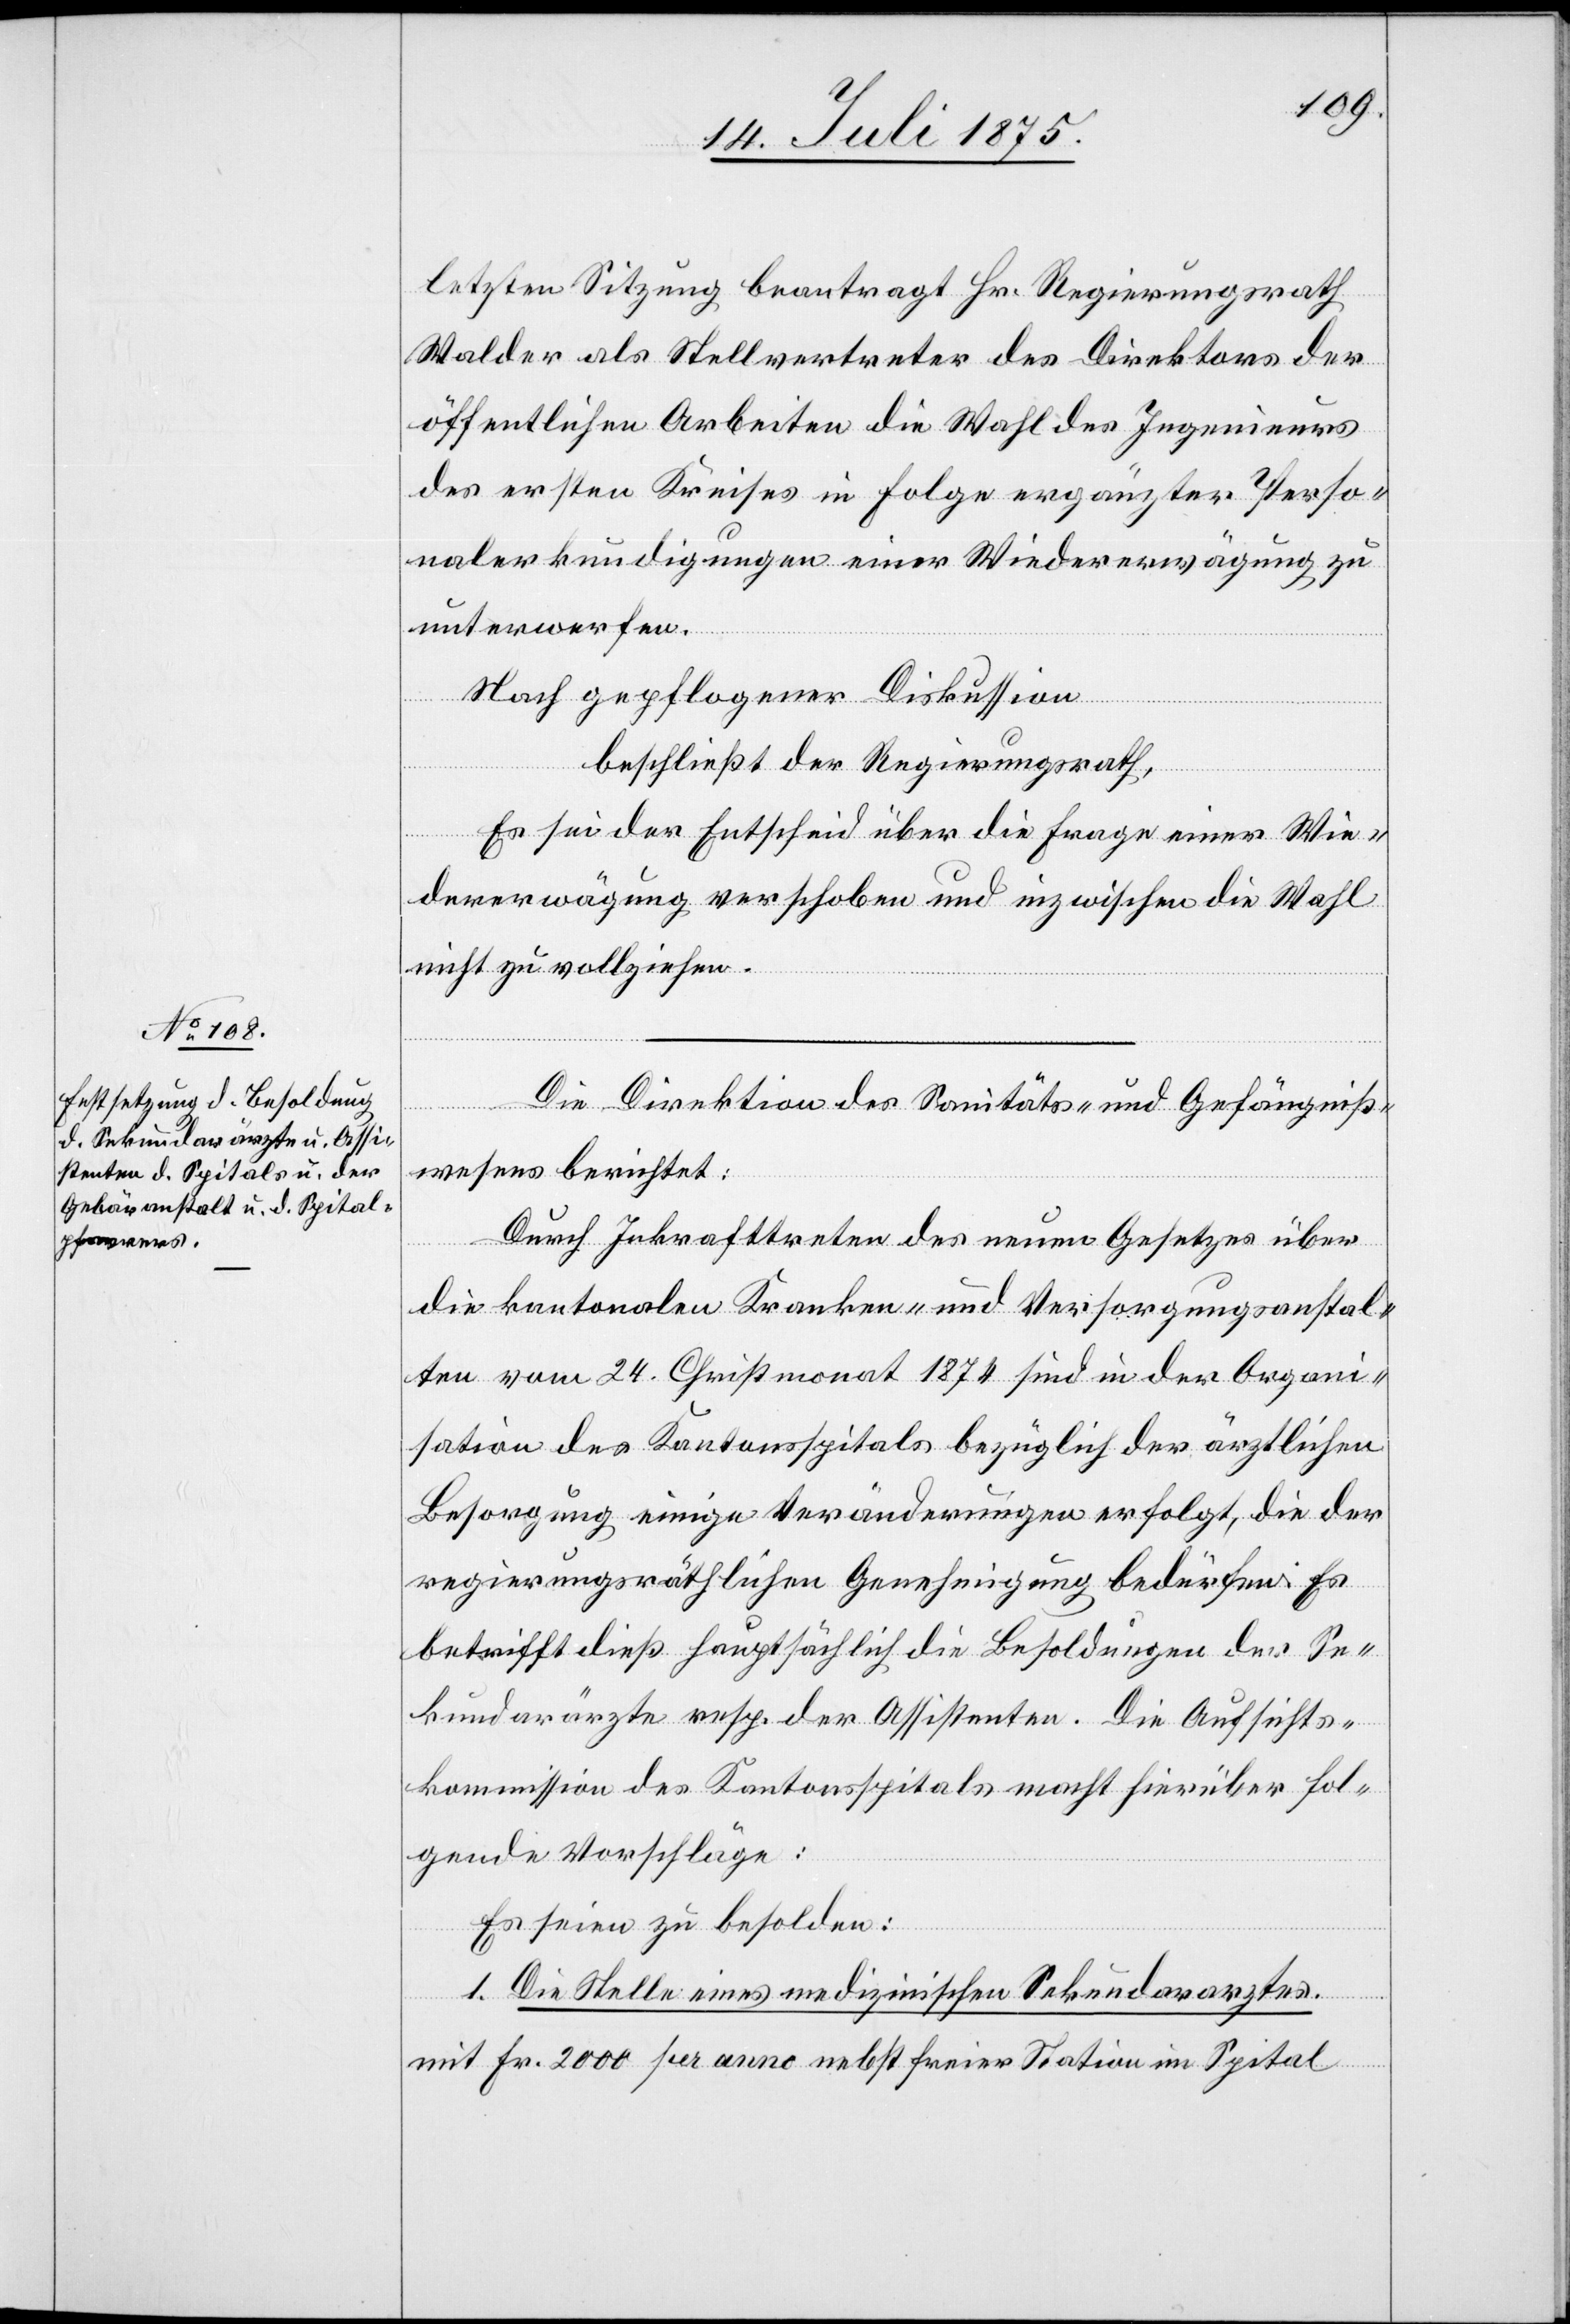
letzten Sitzung beantragt Hr. Regierungsrath
Walder als Stellvertreter des Direktors der
öffentlichen Arbeiten die Wahl des Ingenieurs
des ersten Kreises in Folge ergänzter Perso¬
nalerkundigungen einer Wiedererwägung zu
unterwerfen.
Nach gepflogener Diskussion
beschließt der Regierungsrath,
Es sei der Entscheid über die Frage einer Wie¬
dererwägung verschoben und inzwischen die Wahl
nicht zu vollziehen,
Die Direktion des Sanitäts- und Gefängniß¬
wesens berichtet:
Durch Inkrafttreten des neuen Gesetzes über
die kantonalen Kranken- und Versorgungsanstal¬
ten vom 24. Christmonat 1874 sind in der Organi¬
sation des Kantonsspitals bezüglich der ärztlichen
Besorgung einige Veränderungen erfolgt, die der
regierungsräthlichen Genehmigung bedürfen. Es
betrifft dieß hauptsächlich die Besoldungen der Se¬
kundarärzte resp. der Assistenten. Die Aufsichts¬
kommission des Kantonsspitals macht hierüber fol¬
genden Vorschläge:
Es seien zu besolden:
1. Die Stelle eines medizinischen Sekundararztes:
mit Fr. 2000 per anno nebst freier Station im Spital